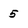
Character: 5